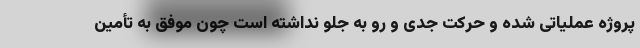
پروژه عملیاتی شده و حرکت جدی و رو به جلو نداشته است چون موفق به تأمین